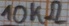
Text: 10KΩ